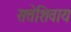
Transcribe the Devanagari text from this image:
सत्तेशिवाय